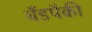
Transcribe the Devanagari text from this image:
बँडपैकी